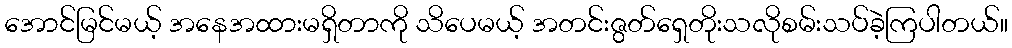
အောင်မြင်မယ့် အနေအထားမရှိတာကို သိပေမယ့် အတင်းဇွတ်ရှေတိုးသလိုစမ်းသပ်ခဲ့ကြပါတယ်။